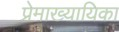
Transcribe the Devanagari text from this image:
प्रेमाख्यायिका